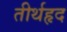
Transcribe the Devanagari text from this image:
तीर्थहृद